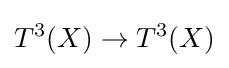
T^{3}(X)\to T^{3}(X)